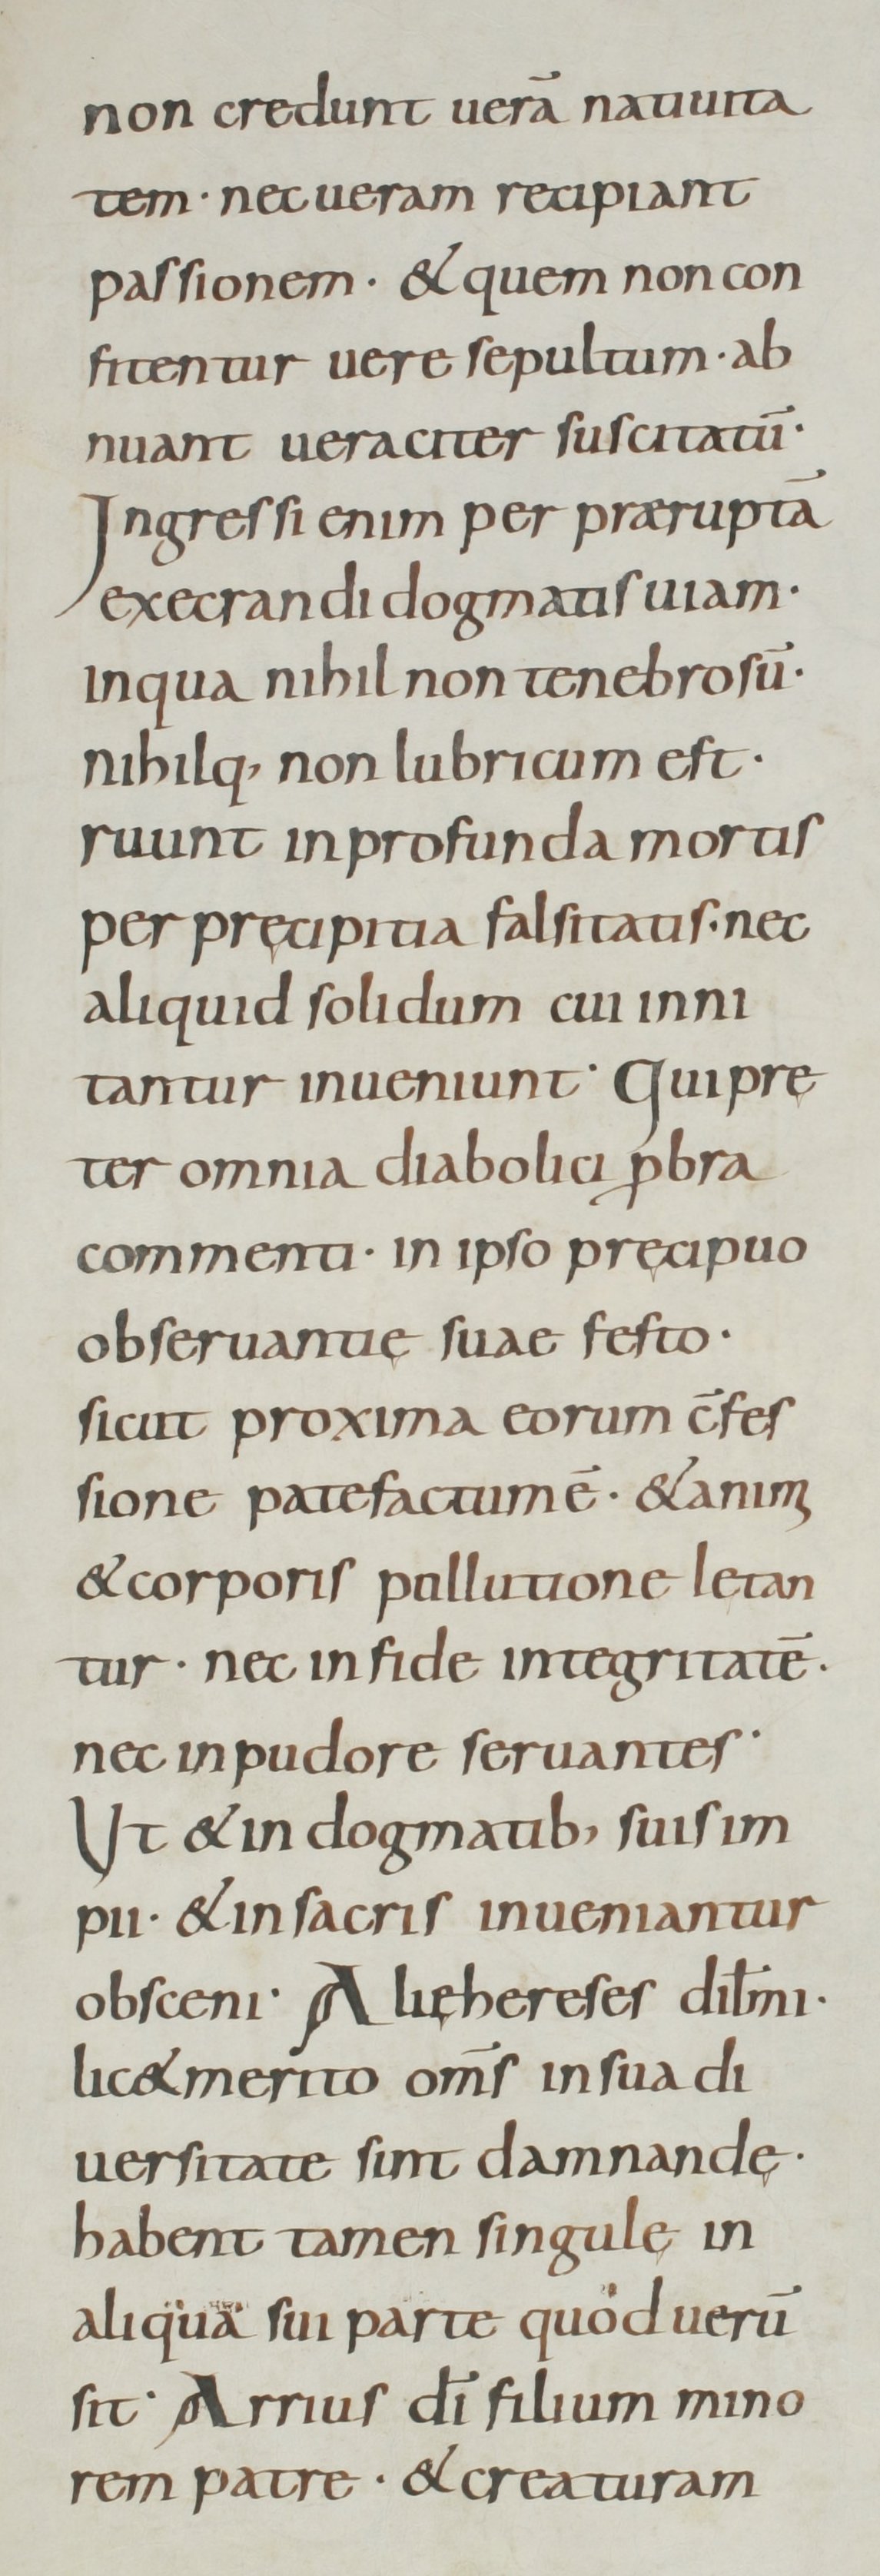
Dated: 800–899